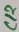
Text: C12